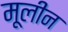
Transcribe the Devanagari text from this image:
मूलीन